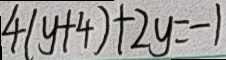
4 ( y + 4 ) + 2 y = - 1